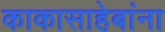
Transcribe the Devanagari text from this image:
काकासाहेबांना